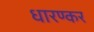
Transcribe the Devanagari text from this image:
धारण्कर